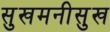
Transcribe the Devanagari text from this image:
सुखमनीसुख